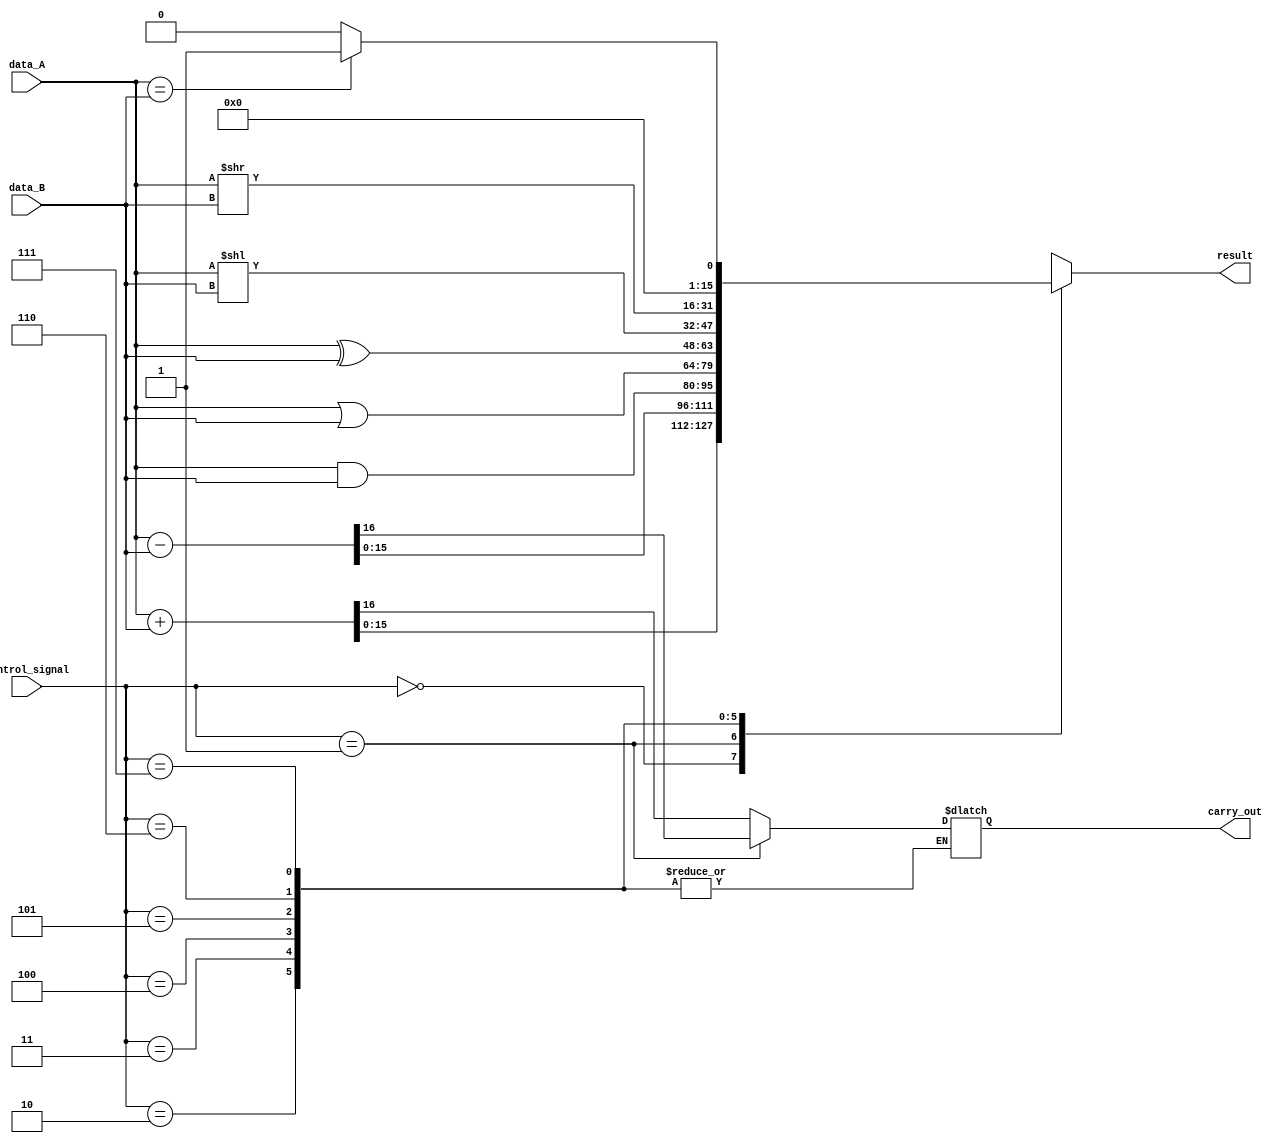
module ALU (
    input [15:0] data_A,
    input [15:0] data_B,
    input [2:0] control_signal,
    output [15:0] result,
    output carry_out
);

reg [15:0] result;
reg carry_out;

always @ (control_signal or data_A or data_B)
begin
    case (control_signal)
        3'b000 : // ADD operation
            begin
                {carry_out, result} = data_A + data_B;
            end
        3'b001 : // SUB operation
            begin
                {carry_out, result} = data_A - data_B;
            end
        3'b010 : // AND operation
            begin
                result = data_A & data_B;
            end
        3'b011 : // OR operation
            begin
                result = data_A | data_B;
            end
        3'b100 : // XOR operation
            begin
                result = data_A ^ data_B;
            end
        3'b101 : // Shift Left operation
            begin
                result = data_A << data_B;
            end
        3'b110 : // Shift Right operation
            begin
                result = data_A >> data_B;
            end
        3'b111 : // Comparison operation
            begin
                if (data_A == data_B)
                    result = 16'h0001;
                else
                    result = 16'h0000;
            end
    endcase
end

endmodule